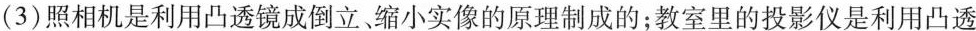
(3)照相机是利用凸透镜成倒立缩小实像的原理制成的；教室里的投影仪是利用凸透